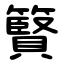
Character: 䉯